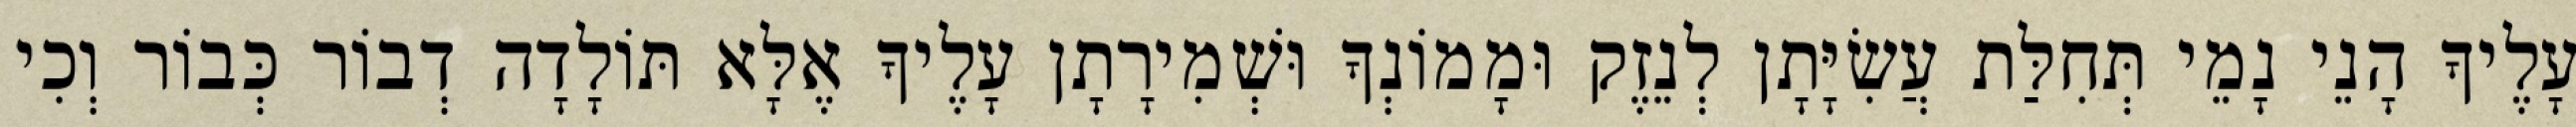
עָלֶיךָ הָנֵי נָמֵי תְּחִלַּת עֲשִׂיָּתָן לְנֵזֶק וּמָמוֹנְךָ וּשְׁמִירָתָן עָלֶיךָ אֶלָּא תּוֹלָדָה דְבוֹר כְּבוֹר וְכִי